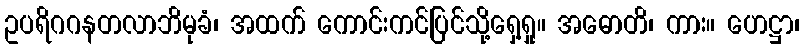
ဥပရိဂဂနတလာဘိမုခံ၊ အထက် ကောင်းကင်ပြင်သို့ရှေ့ရှု။ အဓောတိ၊ ကား။ ဟေဋ္ဌာ၊